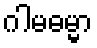
ဂါမဓမ္မာ